Civil Veterinary Dept. Bombay admin report 1923-31 - 1923-1931
Year: 1923
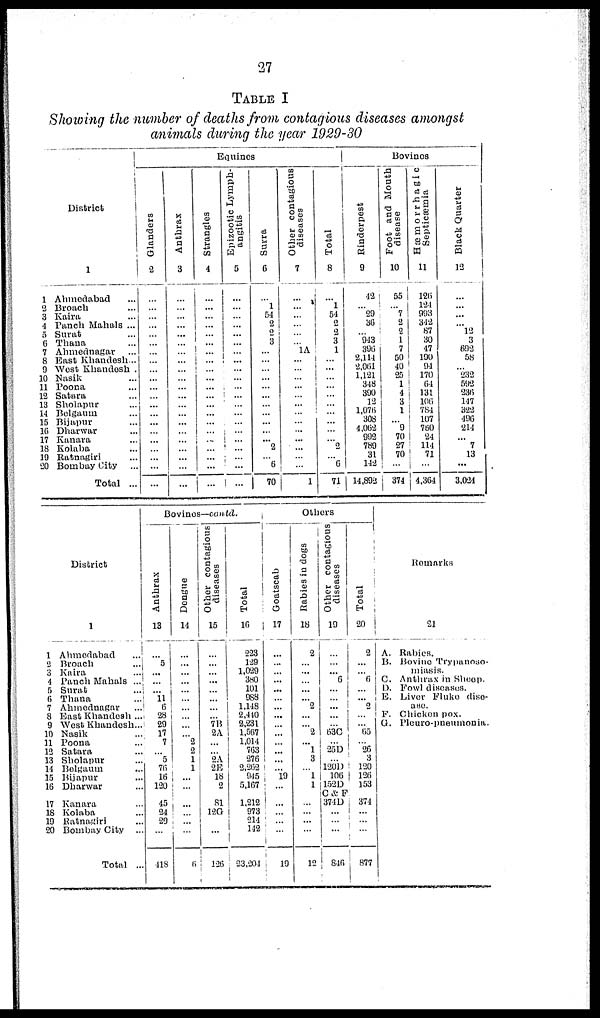
27
TABLE I
Showing the number of deaths from contagious diseases amongst
animals during the year 1929-30
District
1
1 Ahmedabad ...
2 Broach ...
3 Kaira ...
4 Panch Mahals ...
5 Surat ...
6 Thana ...
7 Ahmednagar ...
8 East Khandesh ...
9 West Khandesh .
10 Nasik ...
11 Poona ...
12 Satara ...
13 Sholapur ...
14 Belgaum ...
15 Bijapur ...
16 Dharwar ...
17 Kanara ...
18 Kolaba ...
19 Ratnagiri ...
20 Bombay City ...
Total ...
Equines
Glanders
2
...
...
...
...
...
...
...
...
...
...
...
...
...
...
...
...
...
...
...
...
...
...
Anthrax
3
...
...
...
...
...
...
...
...
...
...
...
...
...
...
...
...
...
...
...
...
...
...
Strangles
4
...
...
...
...
...
...
...
...
...
...
...
...
...
...
...
...
...
... ...
...
...
Epizootic Lymph-
angitis
5
...
...
...
...
...
...
...
...
...
...
...
...
...
...
...
... ...
...
...
...
...
Surra
6
...
1
54
2
2
3
...
...
...
...
...
...
...
...
...
...
...
2
...
6
70
Other contagious
diseases
7
...
...
...
...
...
... 1A
...
...
...
...
...
...
...
...
... ...
...
... ...
1
Total
8
...
1
54
2
2
3
1
...
...
...
...
...
...
...
...
...
... 2
...
6
71
Bovines
Rinderpest
9
42
... 29
36
... "943
396
2,114
2.061
1,121
348
390
12
1,076
308
4,062
992
789
31
142
14,892
Foot and Mouth
disease
10
55
... 7
2
2
1
7
50
40
25
1
4
3
1
... 9
70
27
70
...
374
Hæmorrhagic
Septicæmia
11
126
124
993
342
87
30
47
190
94
170
64
131
106 784
107
760
24
114
71
...
4,364
Black Quarter
12
...
... ...
... l2
3
692
58
... 232
592
236 147
322
496
214
... 7
13
...
3,024
District
1
1 Ahmedabad ...
2 Broach
3 Kaira ...
4 Panch Mahals ...
5 Surat ...
6 Thana ...
7 Ahmednagar
8 East Khandesh ...
9 West Khandesh...
10 Nasik ...
11 Poona ...
12 Satara ...
13 Sholapur ...
14 Belgaum ...
15 Bijapur ...
16 Dharwar ...
17 Kanara ...
18 Kolaba ...
19 Ratnagiri
20 Bombay City ...
Total ...
Bovines—contd.
Anthrax
13
...
5
...
...
...
11 6
28
29
17
7
...
5 76
16
120
45
24
29
...
418
Dengue
14
...
...
...
...
...
...
...
...
...
... 2
2
1
1
...
...
...
...
...
...
6
Other contagious
diseases
15
...
...
...
...
...
...
7B
2A
...
... *2A
2E
18
2
81
12G
...
126
Total
16
223
129
1,029
380
101
988
1,148
2,440
2,231
1,567
1,014
763
276
2,262
945
5,167
1,212
973
214
142
23,201
Others
Goatscab
17
...
...
...
...
...
...
...
...
...
...
...
...
...
...
19
...
...
...
...
...
19
Rabies in dogs
18
2
...
...
...
...
... 2
...
... 2
...
1
3
... 1
1
...
...
...
...
12
Other contagious
diseases
19
...
...
... 6
...
...
...
...
63C
...
25D
...
120D
106
152D
C & F
371D
...
...
...
846
Total
20
2
...
...
6
...
... 2
...
... 65
...
26
3
120
126
153
374
...
...
...
877
Remarks
A.
B.
C.
D.
E.
P.
G.
21
Rabies.
Bovine Trypanoso-
miasis.
Anthrax in Sheep.
Fowl diseases.
Liver Fluke dise-
ase
Chicken pox.
Pleuro-pneumonia.